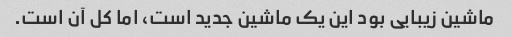
ماشین زیبایی بود این یک ماشین جدید است، اما کل آن است.